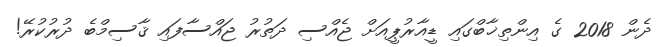
ދެން 2018 ގެ އިންތިޚާބްގައި ޑީއާރުޕީއަށް ޖެއްސި ދަތުރު ޖައްސާފައި ޤާސިމްބެ ދުރުކުރޭ!